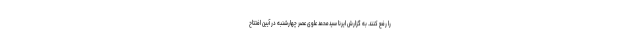
را رفع کنند. به گزارش ایرنا سیدمحمد علوی عصر چهارشنبه در آیین افتتاح